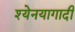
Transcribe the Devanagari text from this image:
श्येनयागादी